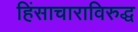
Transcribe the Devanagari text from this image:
हिंसाचाराविरुद्ध